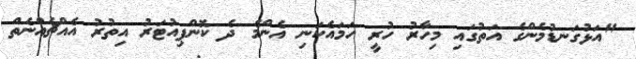
"އަޅުގަނޑުމެންގެ އަތުގައި މިހާރު ހުރީ ހަމައެކަނި އެންމެ ދެ ކޮންޕިއުޓަރު އިތުރު އެއްޗެއްނެތް